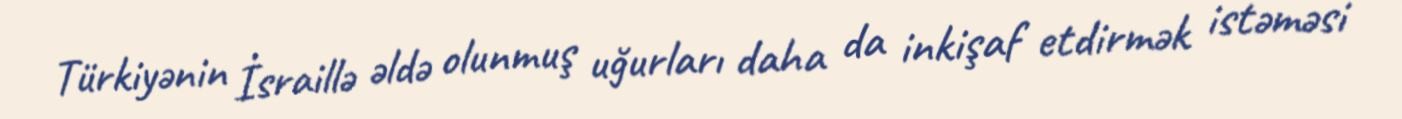
Türkiyənin İsraillə əldə olunmuş uğurları daha da inkişaf etdirmək istəməsi